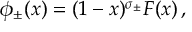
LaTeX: \phi _ { \pm } ( x ) = ( 1 - x ) ^ { \sigma _ { \pm } } F ( x ) \, ,